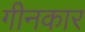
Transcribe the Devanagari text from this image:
गीनकार